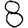
Digit: 8